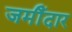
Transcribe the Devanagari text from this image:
जमीँदार